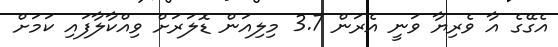
އެގޭގެ އާ ވެރިޔާ ވަނީ އެރަން 3.7 މިލިއަން ޑޮލަރަށް ވިއްކާލާފައި ކަމަށް